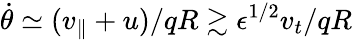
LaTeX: \dot{\theta}\simeq(v_{\parallel}+u)/qR\gtrsim\epsilon^{1/2}v_{t}/qR